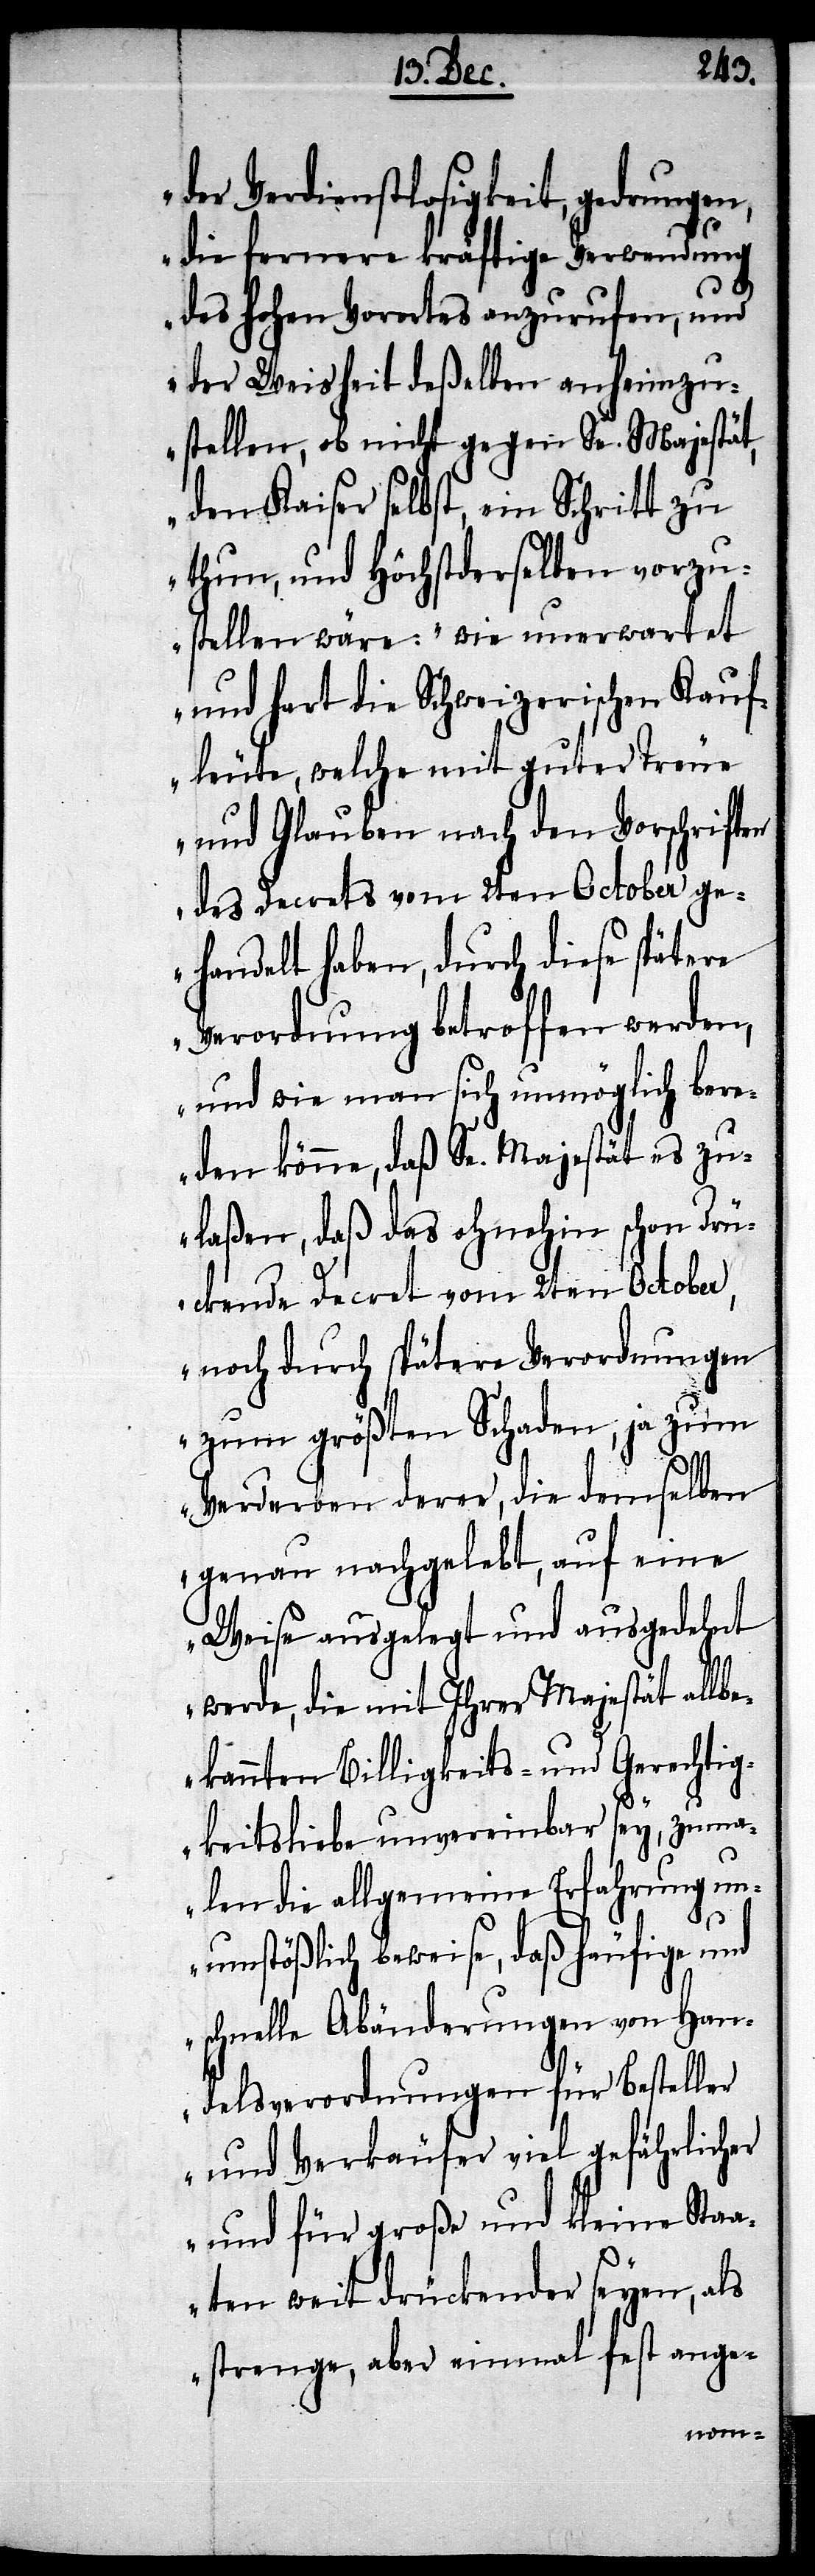
der Verdienstlosigkeit, gedrungen,
die fernere kräftige Verwendung
des Hohen Vorortes anzurufen, und
der Weisheit deßelben anheimzu¬
stellen, ob nicht gegen Sr. Majestät,
den Kaiser selbst, ein Schritt zu
thun, und höchstderselben vorzu¬
stellenwäre: „wie unerwartet
und hart die Schweizerischen Kauf¬
leute, welche mit guter Treue
und Glauben nach den Vorschriften
des Decrets vom 2ten October ge¬
handelt haben, durch diese spätere
Verordnung betroffen werden,
und wie man sich unmöglich ber¬
eden könne, daß Sr. Majestät es zu¬
laßen, daß das ohnehin schon drü¬
ckende Decret vom 2ten October,
noch durch spätere Verordnungen
zum größten Schaden, ja zum
Verderben derer, die demselben
genau nachgelebt, auf eine
Weise ausgelegt und ausgedehnt
werde, die mit Ihrer Majestät allb¬
ekannten Billigkeits- und Gerechtig¬
keitsliebe unvereinbar sey, zuma¬
len die allgemeine Erfahrung un¬
umstößlich beweise, daß häufige und
schnelle Abänderungen von Han¬
delsverordnungen für Besteller
und Verkäufer viel gefährlicher
und für große und kleine Staa¬
ten weit drückender seyen, als
strenge, aber einmal fest ange-